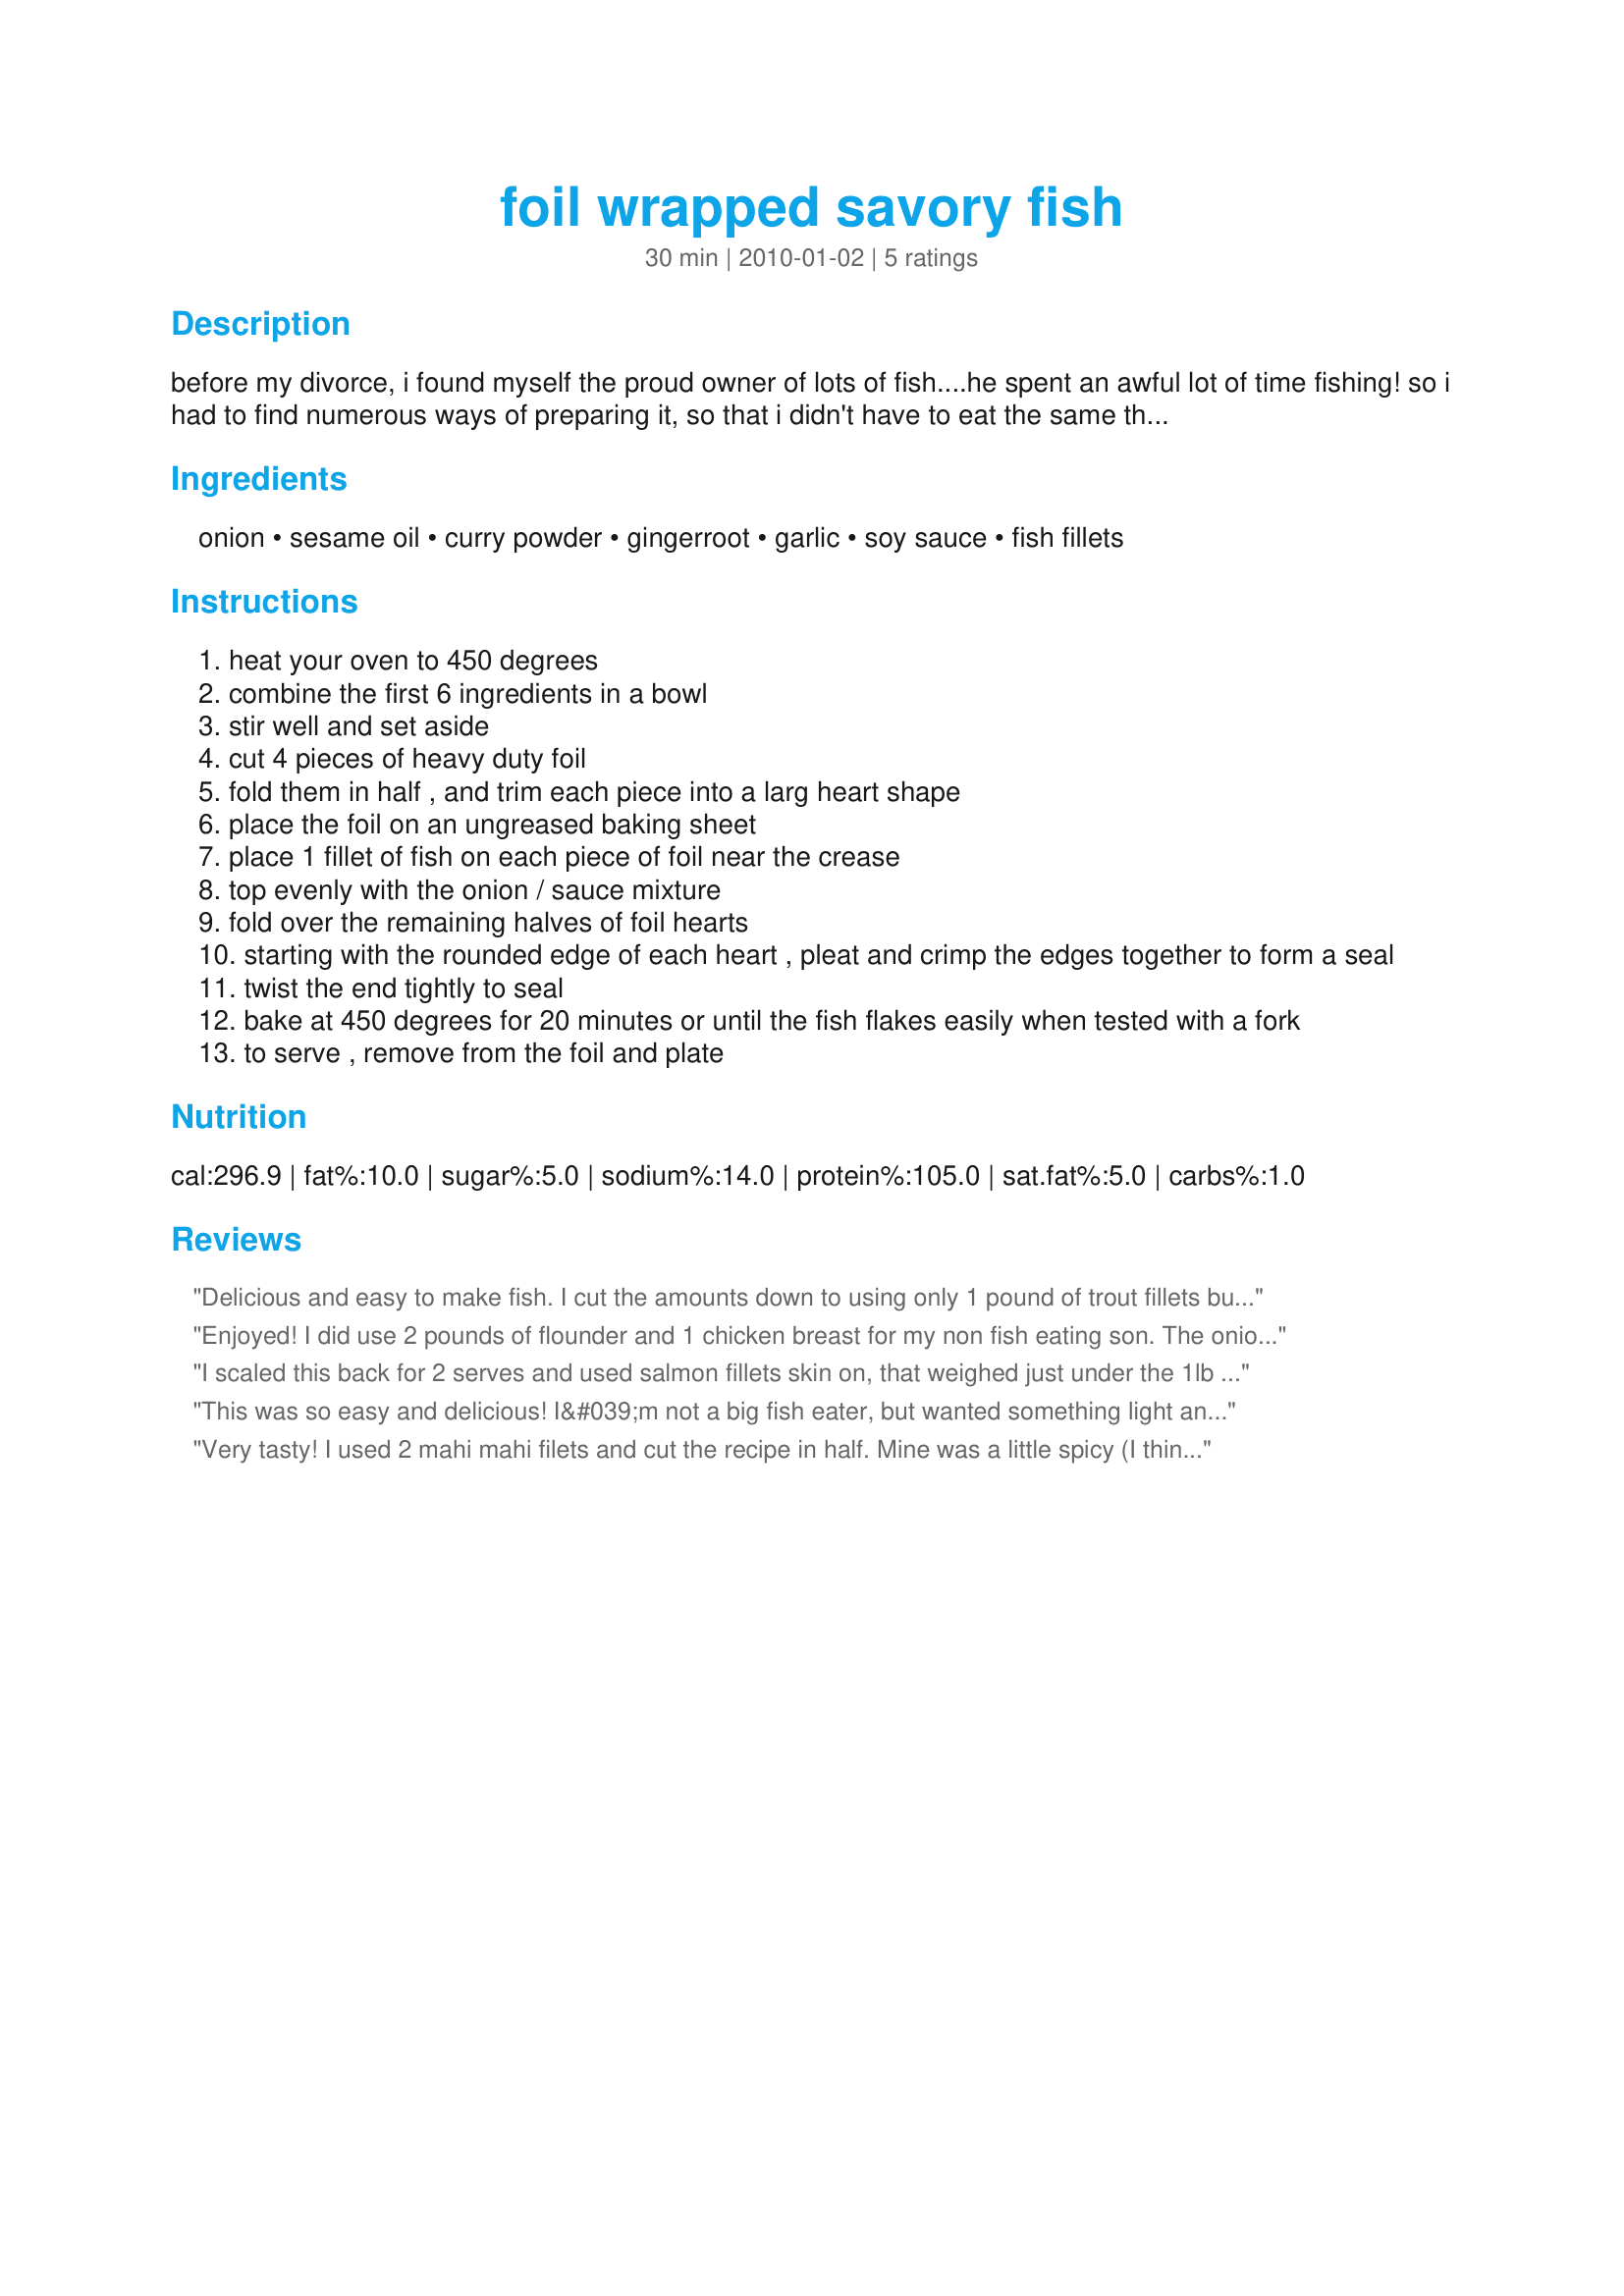
foil wrapped savory fish
Preparation time: 30 minutes

before my divorce, i found myself the proud owner of lots of fish....he spent an awful lot of time fishing! so i had to find numerous ways of preparing it, so that i didn't have to eat the same thing over and over again! i can't say i miss the ex-husband, but i really do miss the fish! the sesame oil adds a nutty flavor....if you don't like sesame oil, use butter or margarine. i live on the gulf coast, so my fish of choice is red snapper, grouper, or amberjack...if i'm lucky triggerfish! a nice firm, white meat fish is preferably...nothing fishy tasting like mackerel!

Ingredients:
onion, sesame oil, curry powder, gingerroot, garlic, soy sauce, fish fillets

Steps:
heat your oven to 450 degrees
combine the first 6 ingredients in a bowl
stir well and set aside
cut 4 pieces of heavy duty foil
fold them in half , and trim each piece into a larg heart shape
place the foil on an ungreased baking sheet
place 1 fillet of fish on each piece of foil near the crease
top evenly with the onion / sauce mixture
fold over the remaining halves of foil hearts
starting with the rounded edge of each heart , pleat and crimp the edges together to form a seal
twist the end tightly to seal
bake at 450 degrees for 20 minutes or until the fish flakes easily when tested with a fork
to serve , remove from the foil and plate

Reviews:
Delicious and easy to make fish. I cut the amounts down to using only 1 pound of trout fillets but otherwise made as directed. Thanks for sharing!
Enjoyed! I did use 2 pounds of flounder and 1 chicken breast for my non fish eating son. The onion mixture was enough for all. 
Cooked perfectly. Thanks!
I scaled this back for 2 serves and used salmon fillets skin on, that weighed just under the 1lb mark (about 15 oz). I added the soy sauce to the onion mix (and due to circumstances did this the night before but due to taking the wrong packet out of the freezer made something else so it had a bit of time to meld it flavours) but worked out great as I prepared it all in the morning and put in the fridge and was able to have dinner on the table in 30 minutes including taking photos - I used salmon fillets and only cooked for 15 minutes at 175C fan forced and they were a little overdone for my taste so would do again at 10 to 12 minutes for a slightly rarer finish, as they were well done but still moist.
This was so easy and delicious! I&#039;m not a big fish eater, but wanted something light and this was just perfect.
Very tasty! I used 2 mahi mahi filets and cut the recipe in half. Mine was a little spicy (I think I used too much ginger). Made for Zaar Hits 1-2-3 Tag Game 2011.
